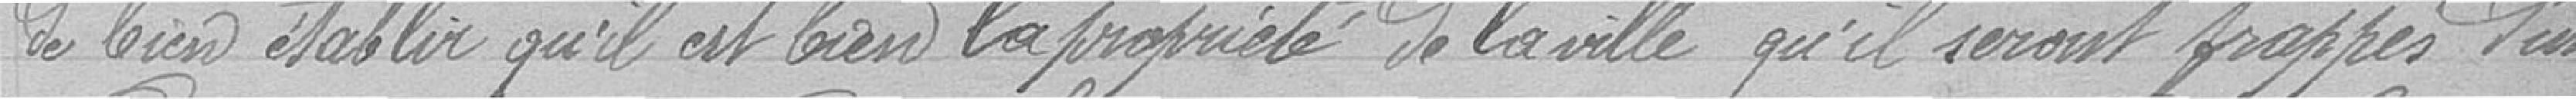
De bien établir qu’il est bien la propriété de la ville, qu’il seront frappés par